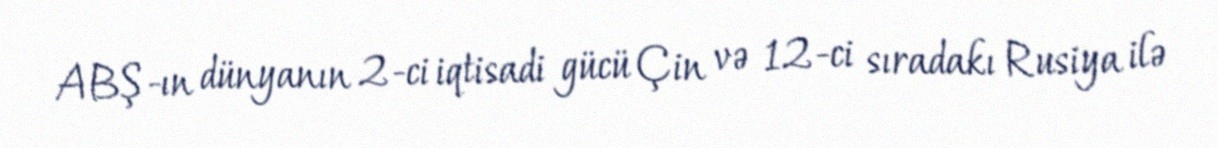
ABŞ-ın dünyanın 2-ci iqtisadi gücü Çin və 12-ci sıradakı Rusiya ilə